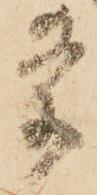
条